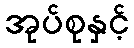
အုပ်စုနှင့်